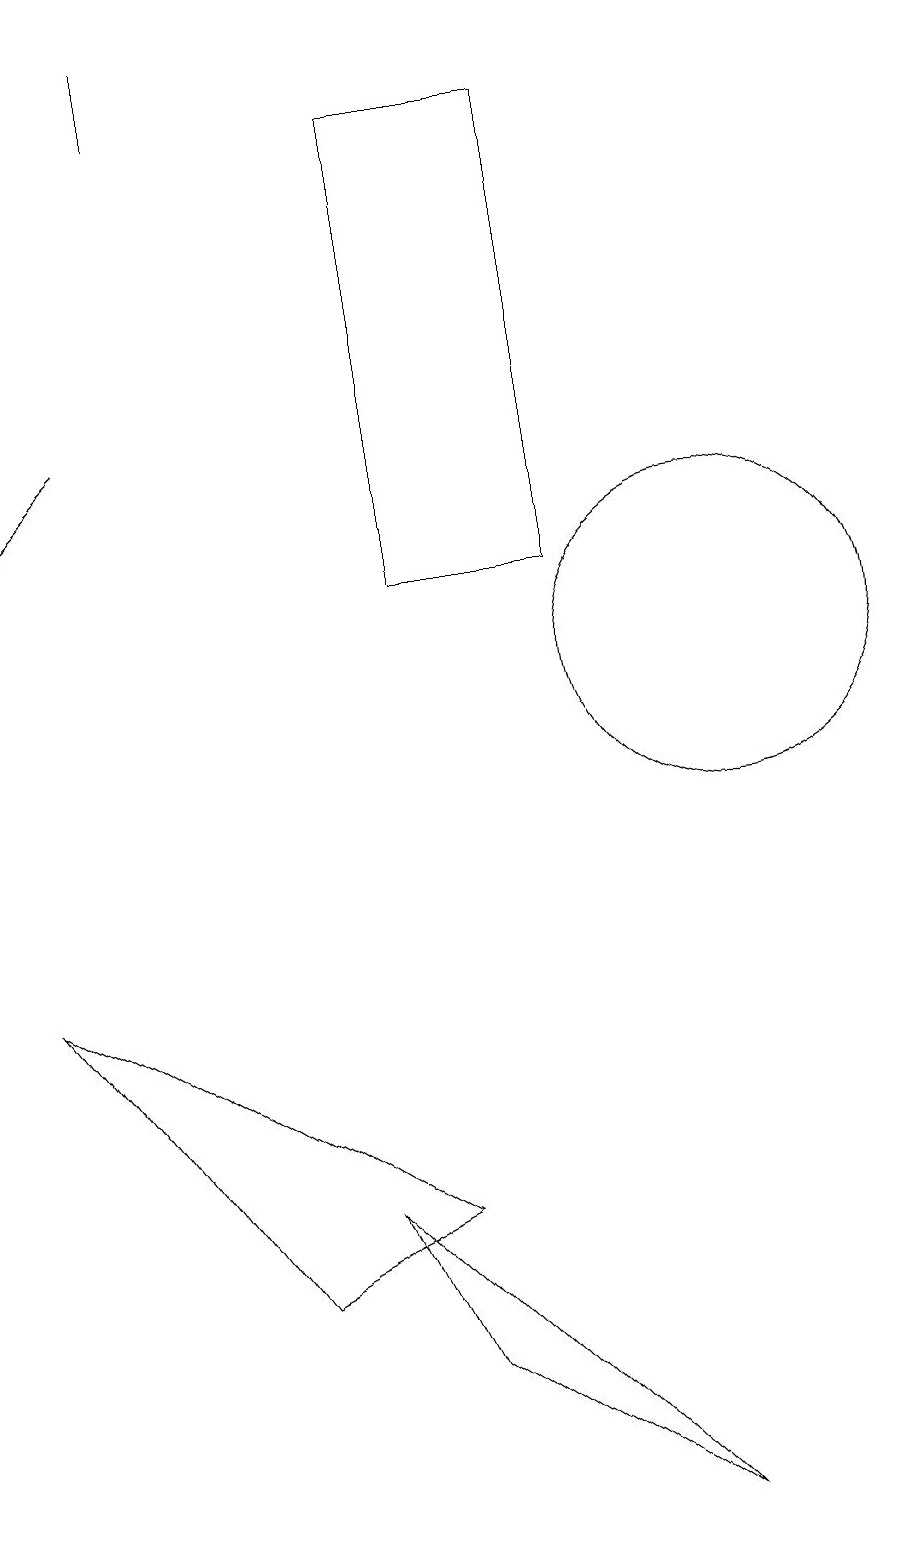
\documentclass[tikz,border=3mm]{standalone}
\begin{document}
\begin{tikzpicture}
\draw (4,3) -- (1,7) -- (6,4) -- cycle;
\draw (3,19) rectangle (3,18);
\draw (8,18) rectangle (6,12);
\draw[->] (2,14) -- (1,13);
\draw (10,11) circle (2);
\draw (5,4) -- (6,2) -- (9,0) -- cycle;
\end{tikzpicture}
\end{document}